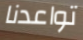
تواعدنا